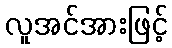
လူအင်အားဖြင့်